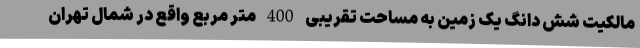
مالکیت شش دانگ یک زمین به مساحت تقریبی 400 متر مربع واقع در شمال تهران